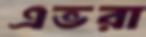
এভরা